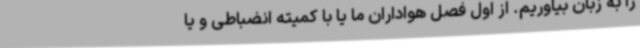
را به زبان بیاوریم. از اول فصل هواداران ما یا با کمیته انضباطی و یا